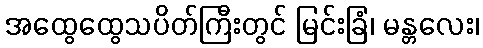
အထွေထွေသပိတ်ကြီးတွင် မြင်းခြံ၊ မန္တလေး၊